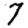
Digit: 7